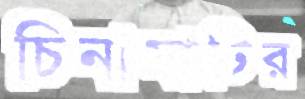
চিনামাটির